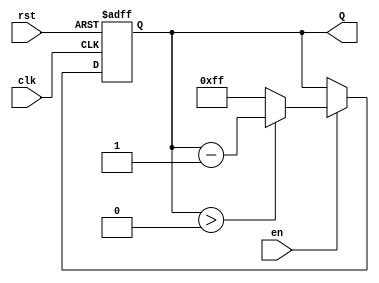
module binary_down_counter #(
    parameter N = 8 // Parameter to define the bit width of the counter
)(
    input wire clk,      // Clock signal
    input wire rst,      // Asynchronous reset signal
    input wire en,       // Enable signal
    output reg [N-1:0] Q // n-bit output representing the current count value
);

// Maximum count value for the counter
localparam MAX_COUNT = (1 << N) - 1; // 2^N - 1

// Always block for synchronous counting and asynchronous reset
always @(posedge clk or posedge rst) begin
    if (rst) begin
        // Reset the counter to maximum value
        Q <= MAX_COUNT;
    end else if (en) begin
        // Decrement the counter if enabled
        if (Q > 0) begin
            Q <= Q - 1;
        end else begin
            // Wrap around to maximum value when reaching 0
            Q <= MAX_COUNT;
        end
    end
end

endmodule